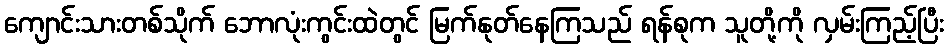
ကျောင်းသားတစ်သိုက် ဘောလုံးကွင်းထဲတွင် မြက်နုတ်နေကြသည် ရန်စုက သူတို့ကို လှမ်းကြည့်ပြီး